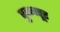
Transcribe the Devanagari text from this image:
पुन्नत्तूर